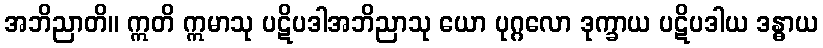
အဘိညာတိ။ ဣတိ ဣမာသု ပဋိပဒါအဘိညာသု ယော ပုဂ္ဂလော ဒုက္ခာယ ပဋိပဒါယ ဒန္ဓာယ